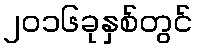
၂၀၁၆ခုနှစ်တွင်